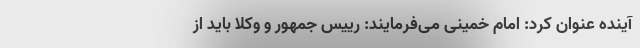
آینده عنوان کرد: امام خمینی می‌فرمایند: رییس جمهور و وکلا باید از